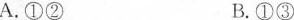
A. ①② B. ①③